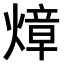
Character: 𤍤